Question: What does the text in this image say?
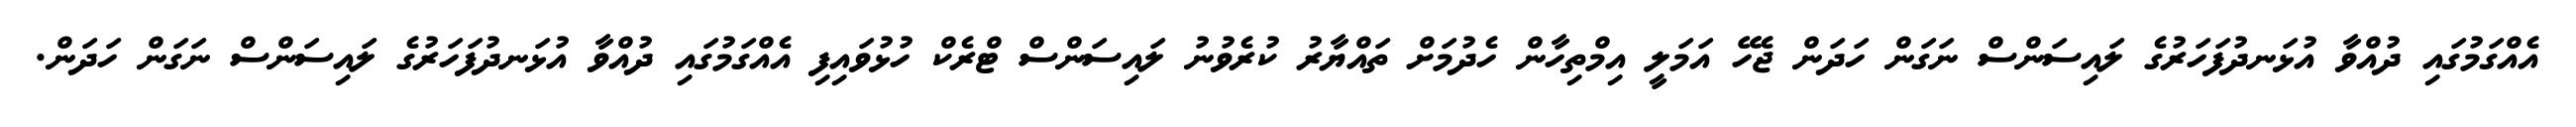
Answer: އެއްގަމުގައި ދުއްވާ އުޅަނދުފަހަރުގެ ލައިސަންސް ނަގަން ހަދަން ޖެހޭ އަމަލީ އިމްތިހާން ހެދުމަށް ތައްޔާރު ކުރެވުނު ލައިސަންސް ޓްރެކް ހުޅުވައިފި އެއްގަމުގައި ދުއްވާ އުޅަނދުފަހަރުގެ ލައިސަންސް ނަގަން ހަދަން.